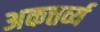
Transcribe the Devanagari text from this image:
अकत्तर्व्य